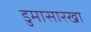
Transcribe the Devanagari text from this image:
डुमासारखा